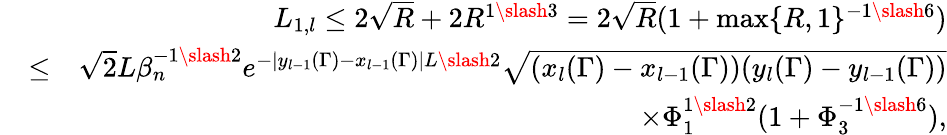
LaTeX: \begin{array}{rlr}&{}&{L_{1,l}\leq 2\sqrt{R}+2R^{1\slash 3}=2\sqrt{R}(1+\operatorname*{max}\{ R,1\} ^{-1\slash 6})}\\ &{\leq}&{\sqrt{2}L\beta_{n}^{-1\slash 2}e^{-|y_{l-1}(\Gamma)-x_{l-1}(\Gamma)|L\slash 2}\sqrt{(x_{l}(\Gamma)-x_{l-1}(\Gamma))(y_{l}(\Gamma)-y_{l-1}(\Gamma))}}\\ &{}&{\times\Phi_{1}^{1\slash 2}(1+\Phi_{3}^{-1\slash 6}),}\end{array}